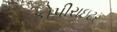
કોપીરાઇટર